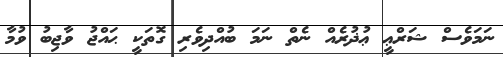
ނަމަވެސް ޝަރްޢީ ޢުޛުރެއް ނެތް ނަމަ ބުއްދިވެރި ގޮތަކީ ޙައްޖު ވާޖިބު ވުމާ